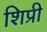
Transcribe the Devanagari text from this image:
शिप्री